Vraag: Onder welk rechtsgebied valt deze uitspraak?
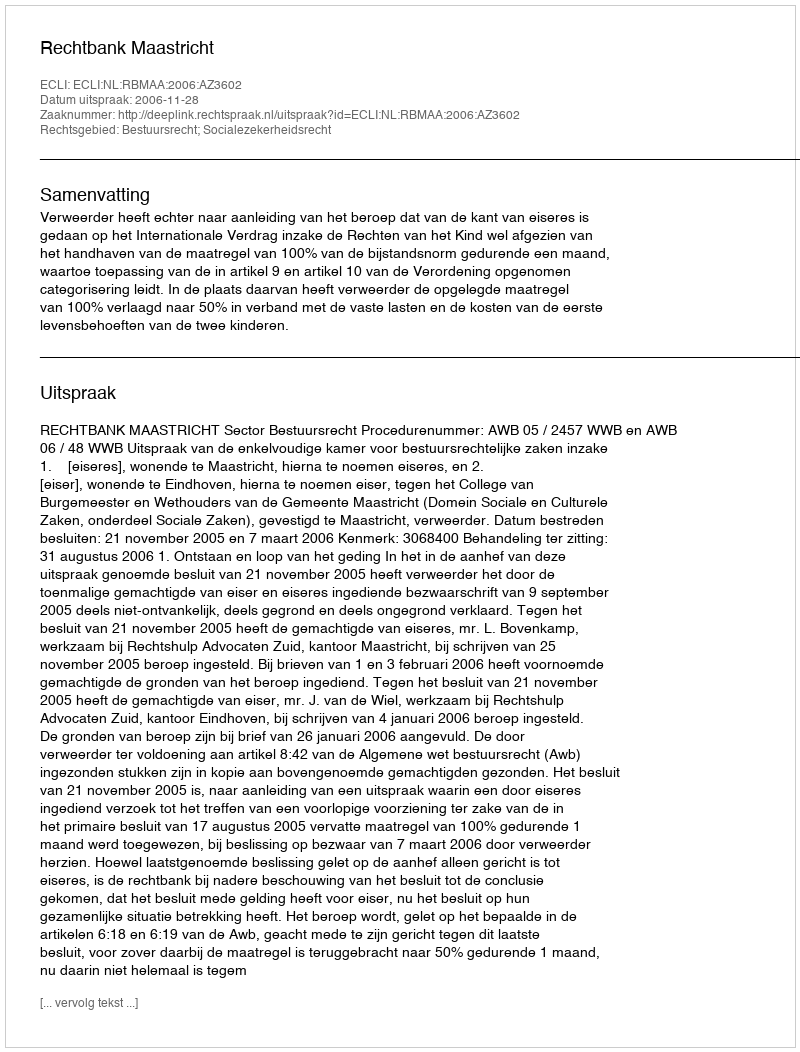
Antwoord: Bestuursrecht; Socialezekerheidsrecht